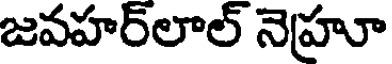
జవహర్లాల్ నెహూ